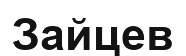
Зайцев